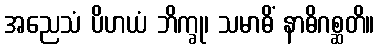
အညေသံ ပိဟယံ ဘိက္ခု၊ သမာဓိံ နာဓိဂစ္ဆတိ။